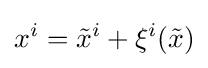
x^{i}={\tilde {x}}^{i}+\xi ^{i}({\tilde {x}})